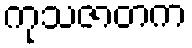
ကုသဇာတက